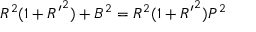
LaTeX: R ^ { 2 } ( 1 + { R ^ { \prime } } ^ { 2 } ) + B ^ { 2 } = R ^ { 2 } ( 1 + { R ^ { \prime } } ^ { 2 } ) P ^ { 2 }